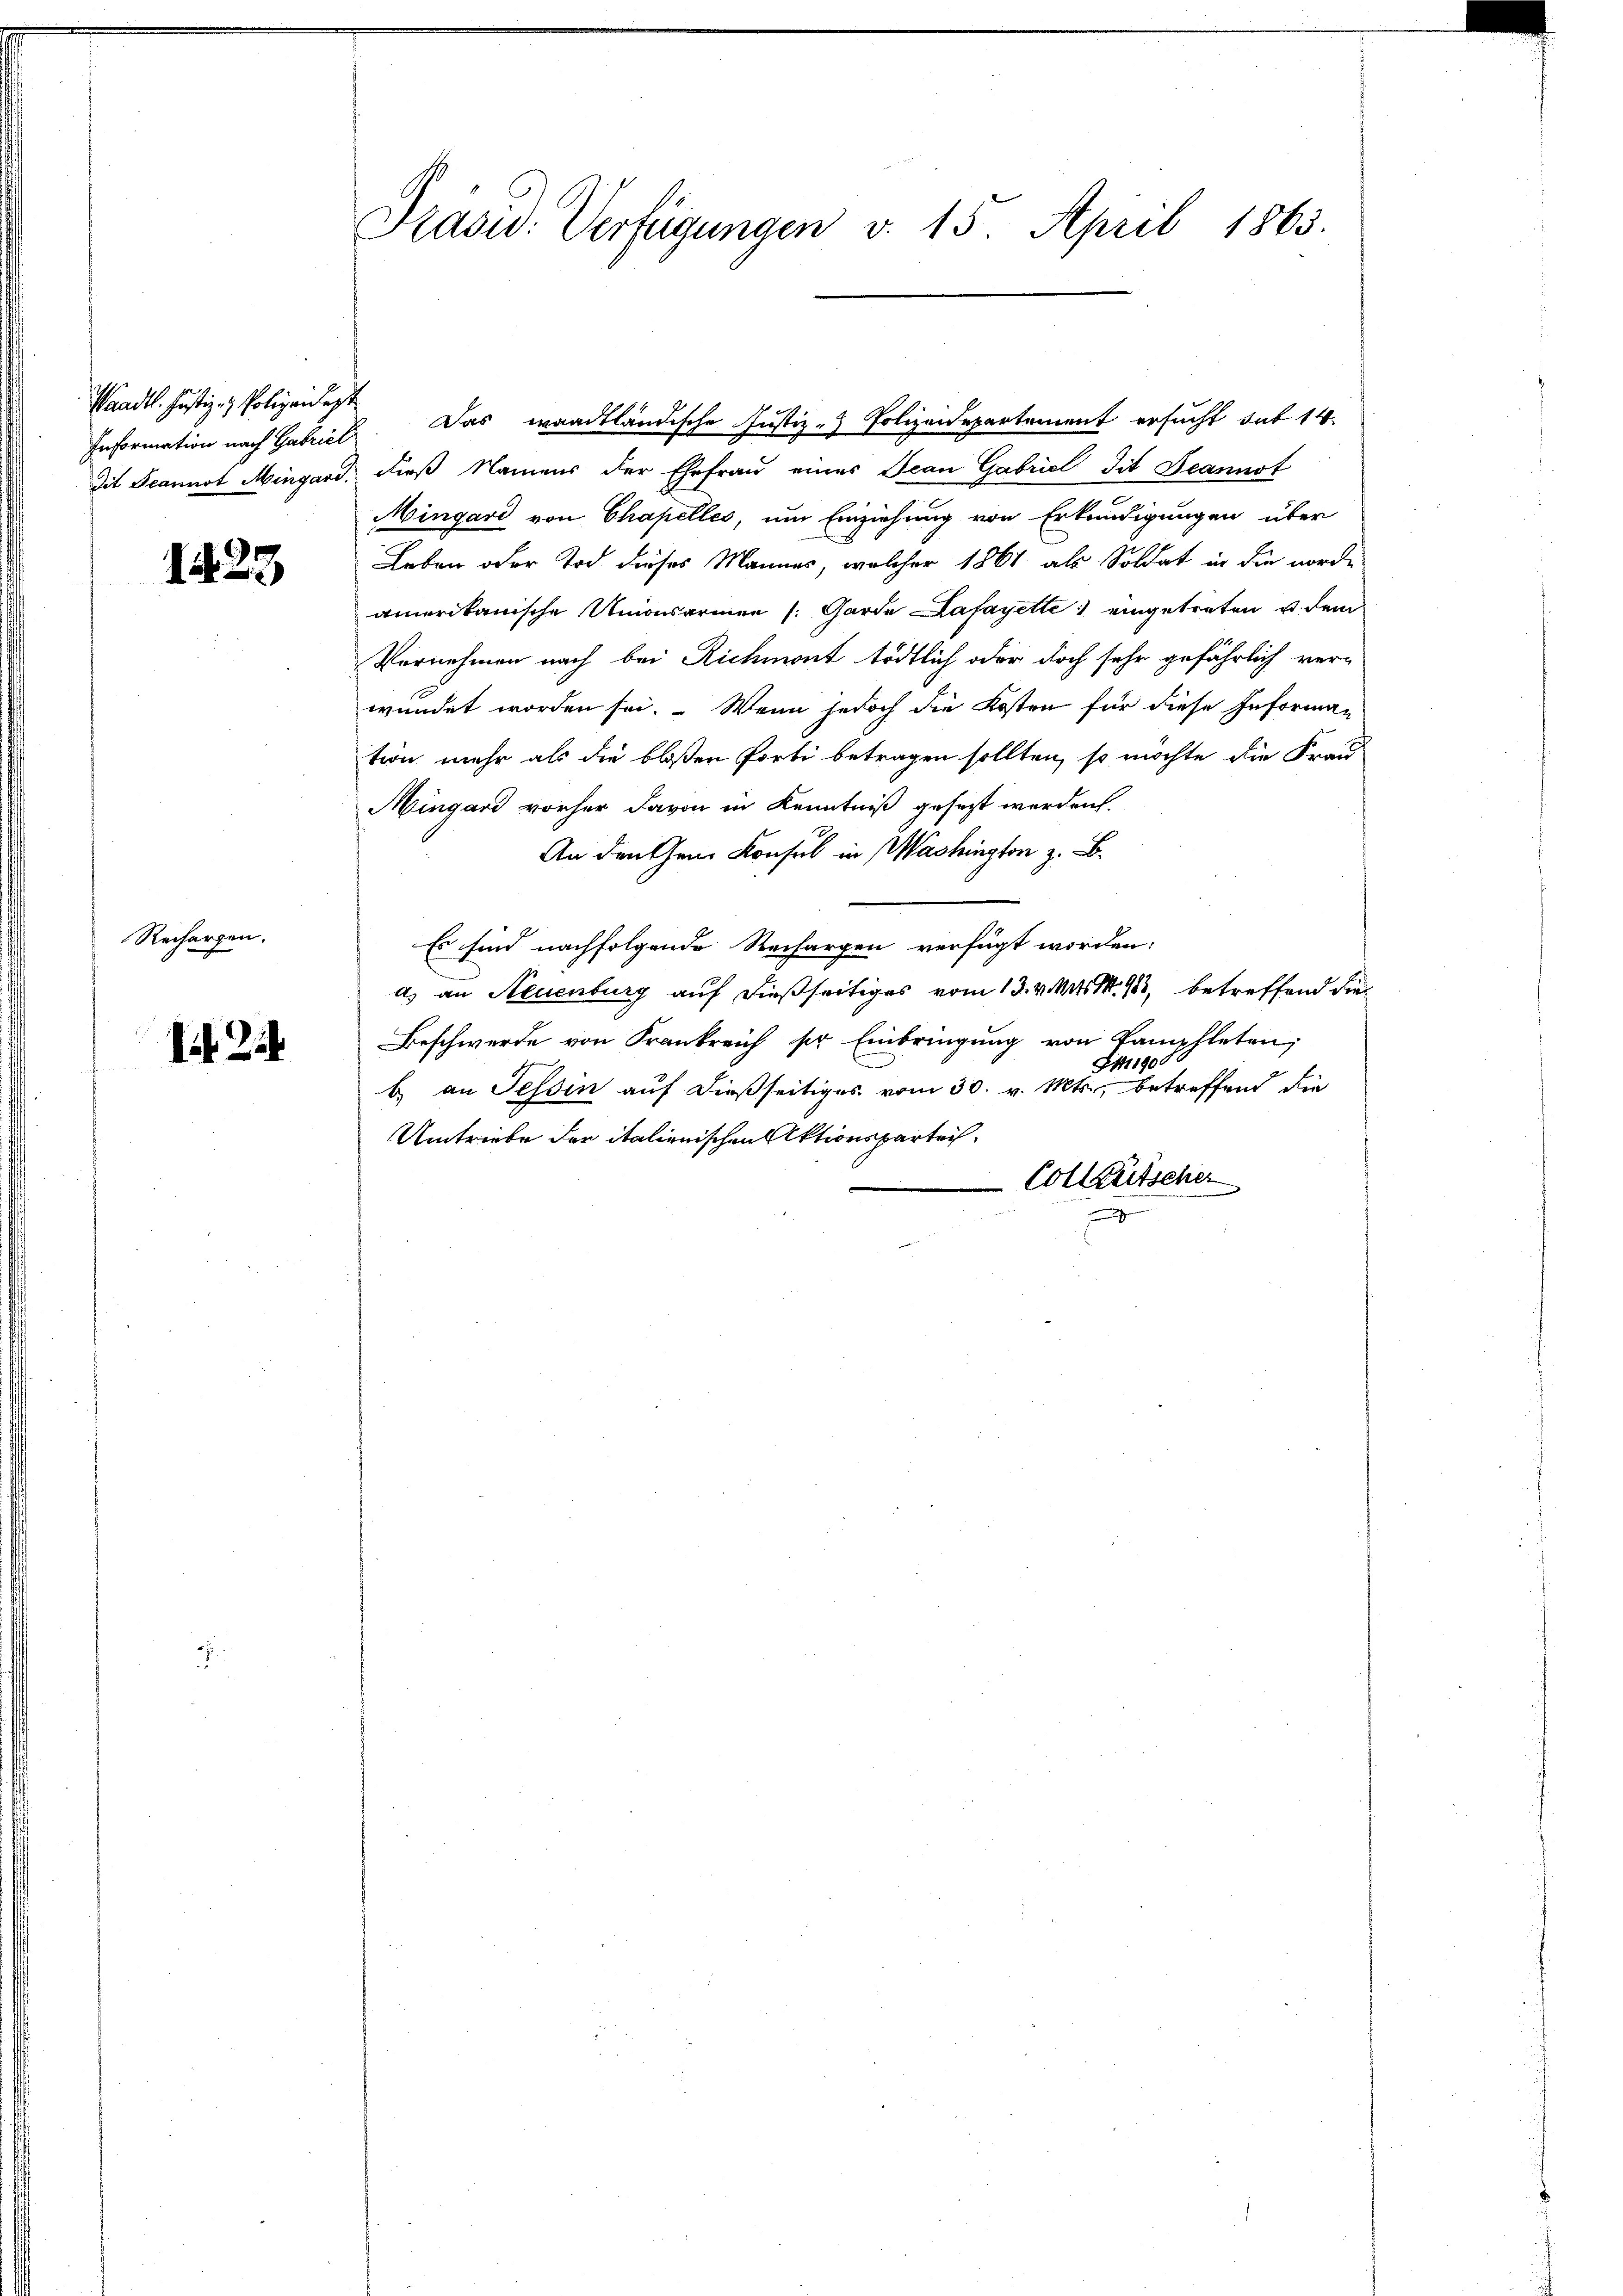
Waadt. Justiz- & Polizeidigt

1423

Rechargen.

Mit Zus

Präsid. Verfügungen v. 15. April 1863.

dit Scannot Mingard, dieß Namens der Ehefrau eines Jean Gabriel Tit. Jeannot
Mingari von Chapelles, um Einziehung von Erkundigungen über
Leben oder Tod dieses Mannes, welcher 1861 als Soldat in die worde
amerikanische Unionsarmen (: Garde Lafayette eingetreten u. dem
Vornehmen nach bei Richmont tödtlich oder doch sehr gefährlich verwundet worden sei. Wenn jedoch die Kosten für diese Informan
tion mehr als die bloßen forti betragen sollten, so möchte die Frau
Mingard vorher davon in Kenntniß gesezt werden.
An den Gen. Konsul in Washington z. B.
Es sind nachfolgende Rechargen verfügt worden:
a) an Neuenburg auf dießseitiges vom 13. v. Mts. S. 913, betreffend die
Beschwerde von Frankreich ser Einbringung von Pamphleten,
Stig
b an Tessin auf dießseitiges vom 30. v. Mts., betreffend die
Umtriebe der italienischen Aktionspartei¬
Colleütscher

Information nach Gabricl. Das waadtländische Justiz - Polizeidepartement ersucht sub 14